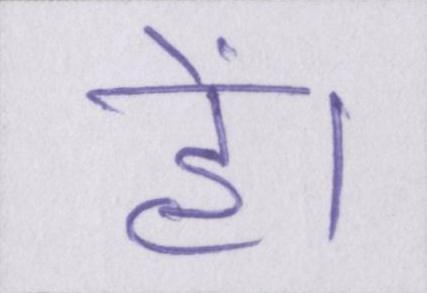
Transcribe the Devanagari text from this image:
हें।